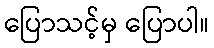
ပြောသင့်မှ ပြောပါ။